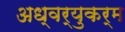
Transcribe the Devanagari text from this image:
अध्वर्युकर्म